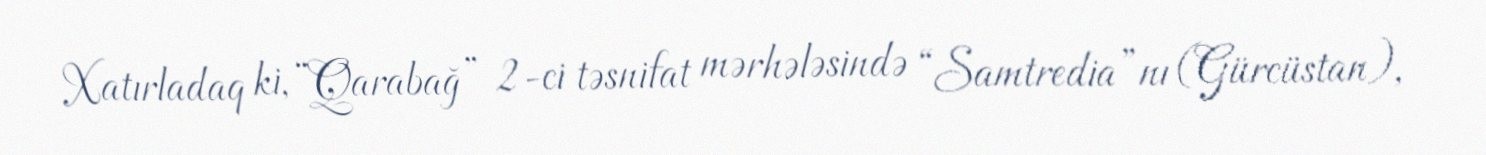
Xatırladaq ki, “Qarabağ” 2-ci təsnifat mərhələsində “Samtredia”nı (Gürcüstan),